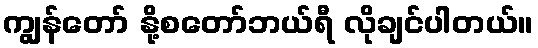
ကျွန်တော် နို့စတော်ဘယ်ရီ လိုချင်ပါတယ်။